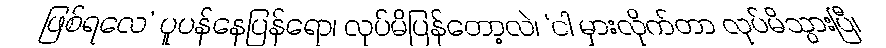
ဖြစ်ရလေ’ ပူပန်နေပြန်ရော၊ လုပ်မိပြန်တော့လဲ၊ ‘ငါ မှားလိုက်တာ လုပ်မိသွားပြီ၊